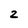
Character: 2